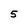
Character: 5